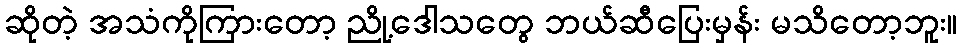
ဆိုတဲ့ အသံကိုကြားတော့ ညို့ဒေါသတွေ ဘယ်ဆီပြေးမှန်း မသိတော့ဘူး။